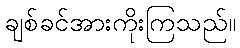
ချစ်ခင်အားကိုးကြသည်။